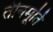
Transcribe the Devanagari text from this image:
तीनमूर्ति